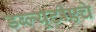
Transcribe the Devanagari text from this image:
डब्ल्यूटीएचे